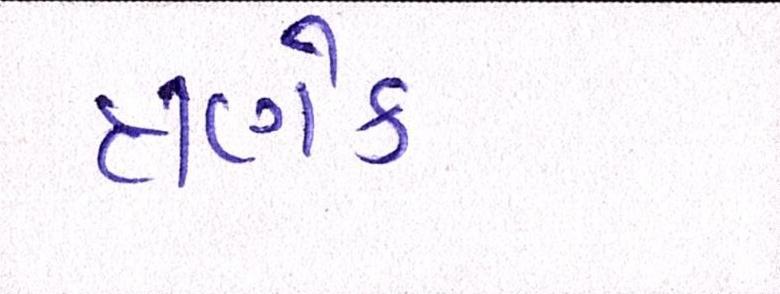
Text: ત્રણેક